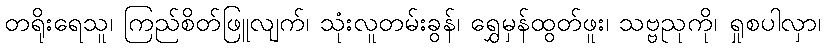
တရိုးရေသူ၊ ကြည်စိတ်ဖြူလျက်၊ သုံးလူတမ်းခွန်၊ ရွှေမှန်ထွတ်ဖူး၊ သဗ္ဗညုကို၊ ရှုစပါလှာ၊